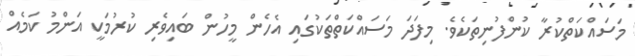
މަސައްކަތްކުރާ ކުންފުނިތަކެވެ. މިފަދަ މަސައްކަތްތަކުގައި އެހެން މީހުން ބައިވެރި ކުރުމަކީ އަންމު ކަމެއް